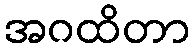
အဂထိတာ